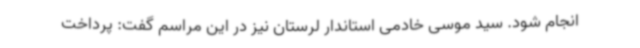
انجام شود. سید موسی خادمی استاندار لرستان نیز در این مراسم گفت: پرداخت